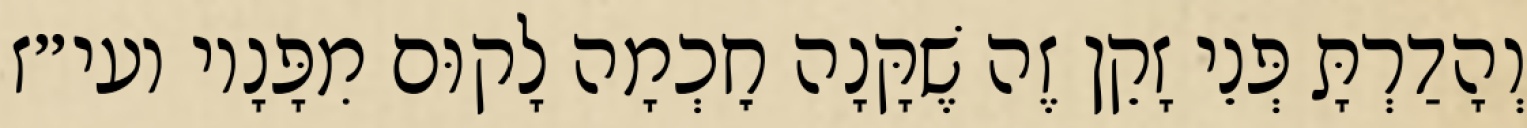
וְהָדַרְתָּ פְּנֵי זָקֵן זֶה שֶׁקָּנָה חׇכְמָה לָקוּם מִפָּנָיו ועי״ז